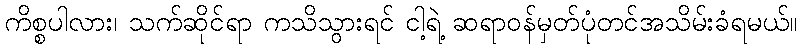
ကိစ္စပါလား၊ သက်ဆိုင်ရာ ကသိသွားရင် ငါ့ရဲ့ ဆရာဝန်မှတ်ပုံတင်အသိမ်းခံရမယ်။